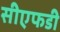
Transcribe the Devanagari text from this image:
सीएफडी